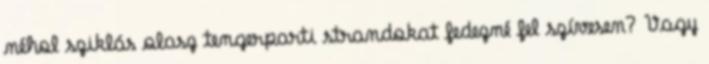
néhol sziklás olasz tengerparti strandokat fedezné fel szívesen? Vagy